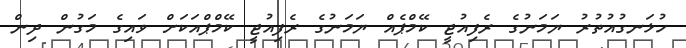
ހުޅަނގުއުތުރު ޔަމަނުގެ ރެފިއުޖީ ކޭމްޕެއް ޔަމަނުގެ ރެފިއުޖީ ކޭމްޕްއަކަށް ވައިގެ މަގުން ދިން